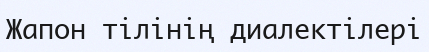
Жапон тілінің диалектілері